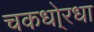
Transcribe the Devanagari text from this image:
चकधो्रधा